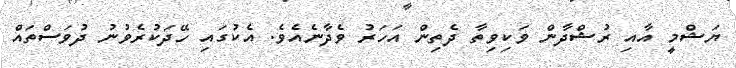
ޔަޝްމީ އާއި ރުޝްދާން ވަކިވިތާ ދެތިން އަހަރު ވެދާނެއެވެ. އެކުގައި ހޭދަކުރެވުނު ދުވަސްތައް